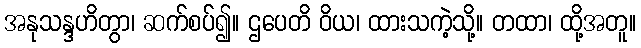
အနုသန္ဒဟိတွာ၊ ဆက်စပ်၍။ ဌပေတိ ဝိယ၊ ထားသကဲ့သို့။ တထာ၊ ထို့အတူ။